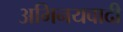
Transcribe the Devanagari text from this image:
अभिनयवादी